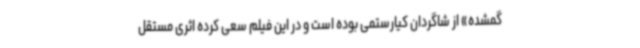
گمشده» از شاگردان کیارستمی بوده است و در این فیلم سعی کرده اثری مستقل